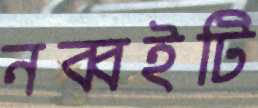
নব্বইটি